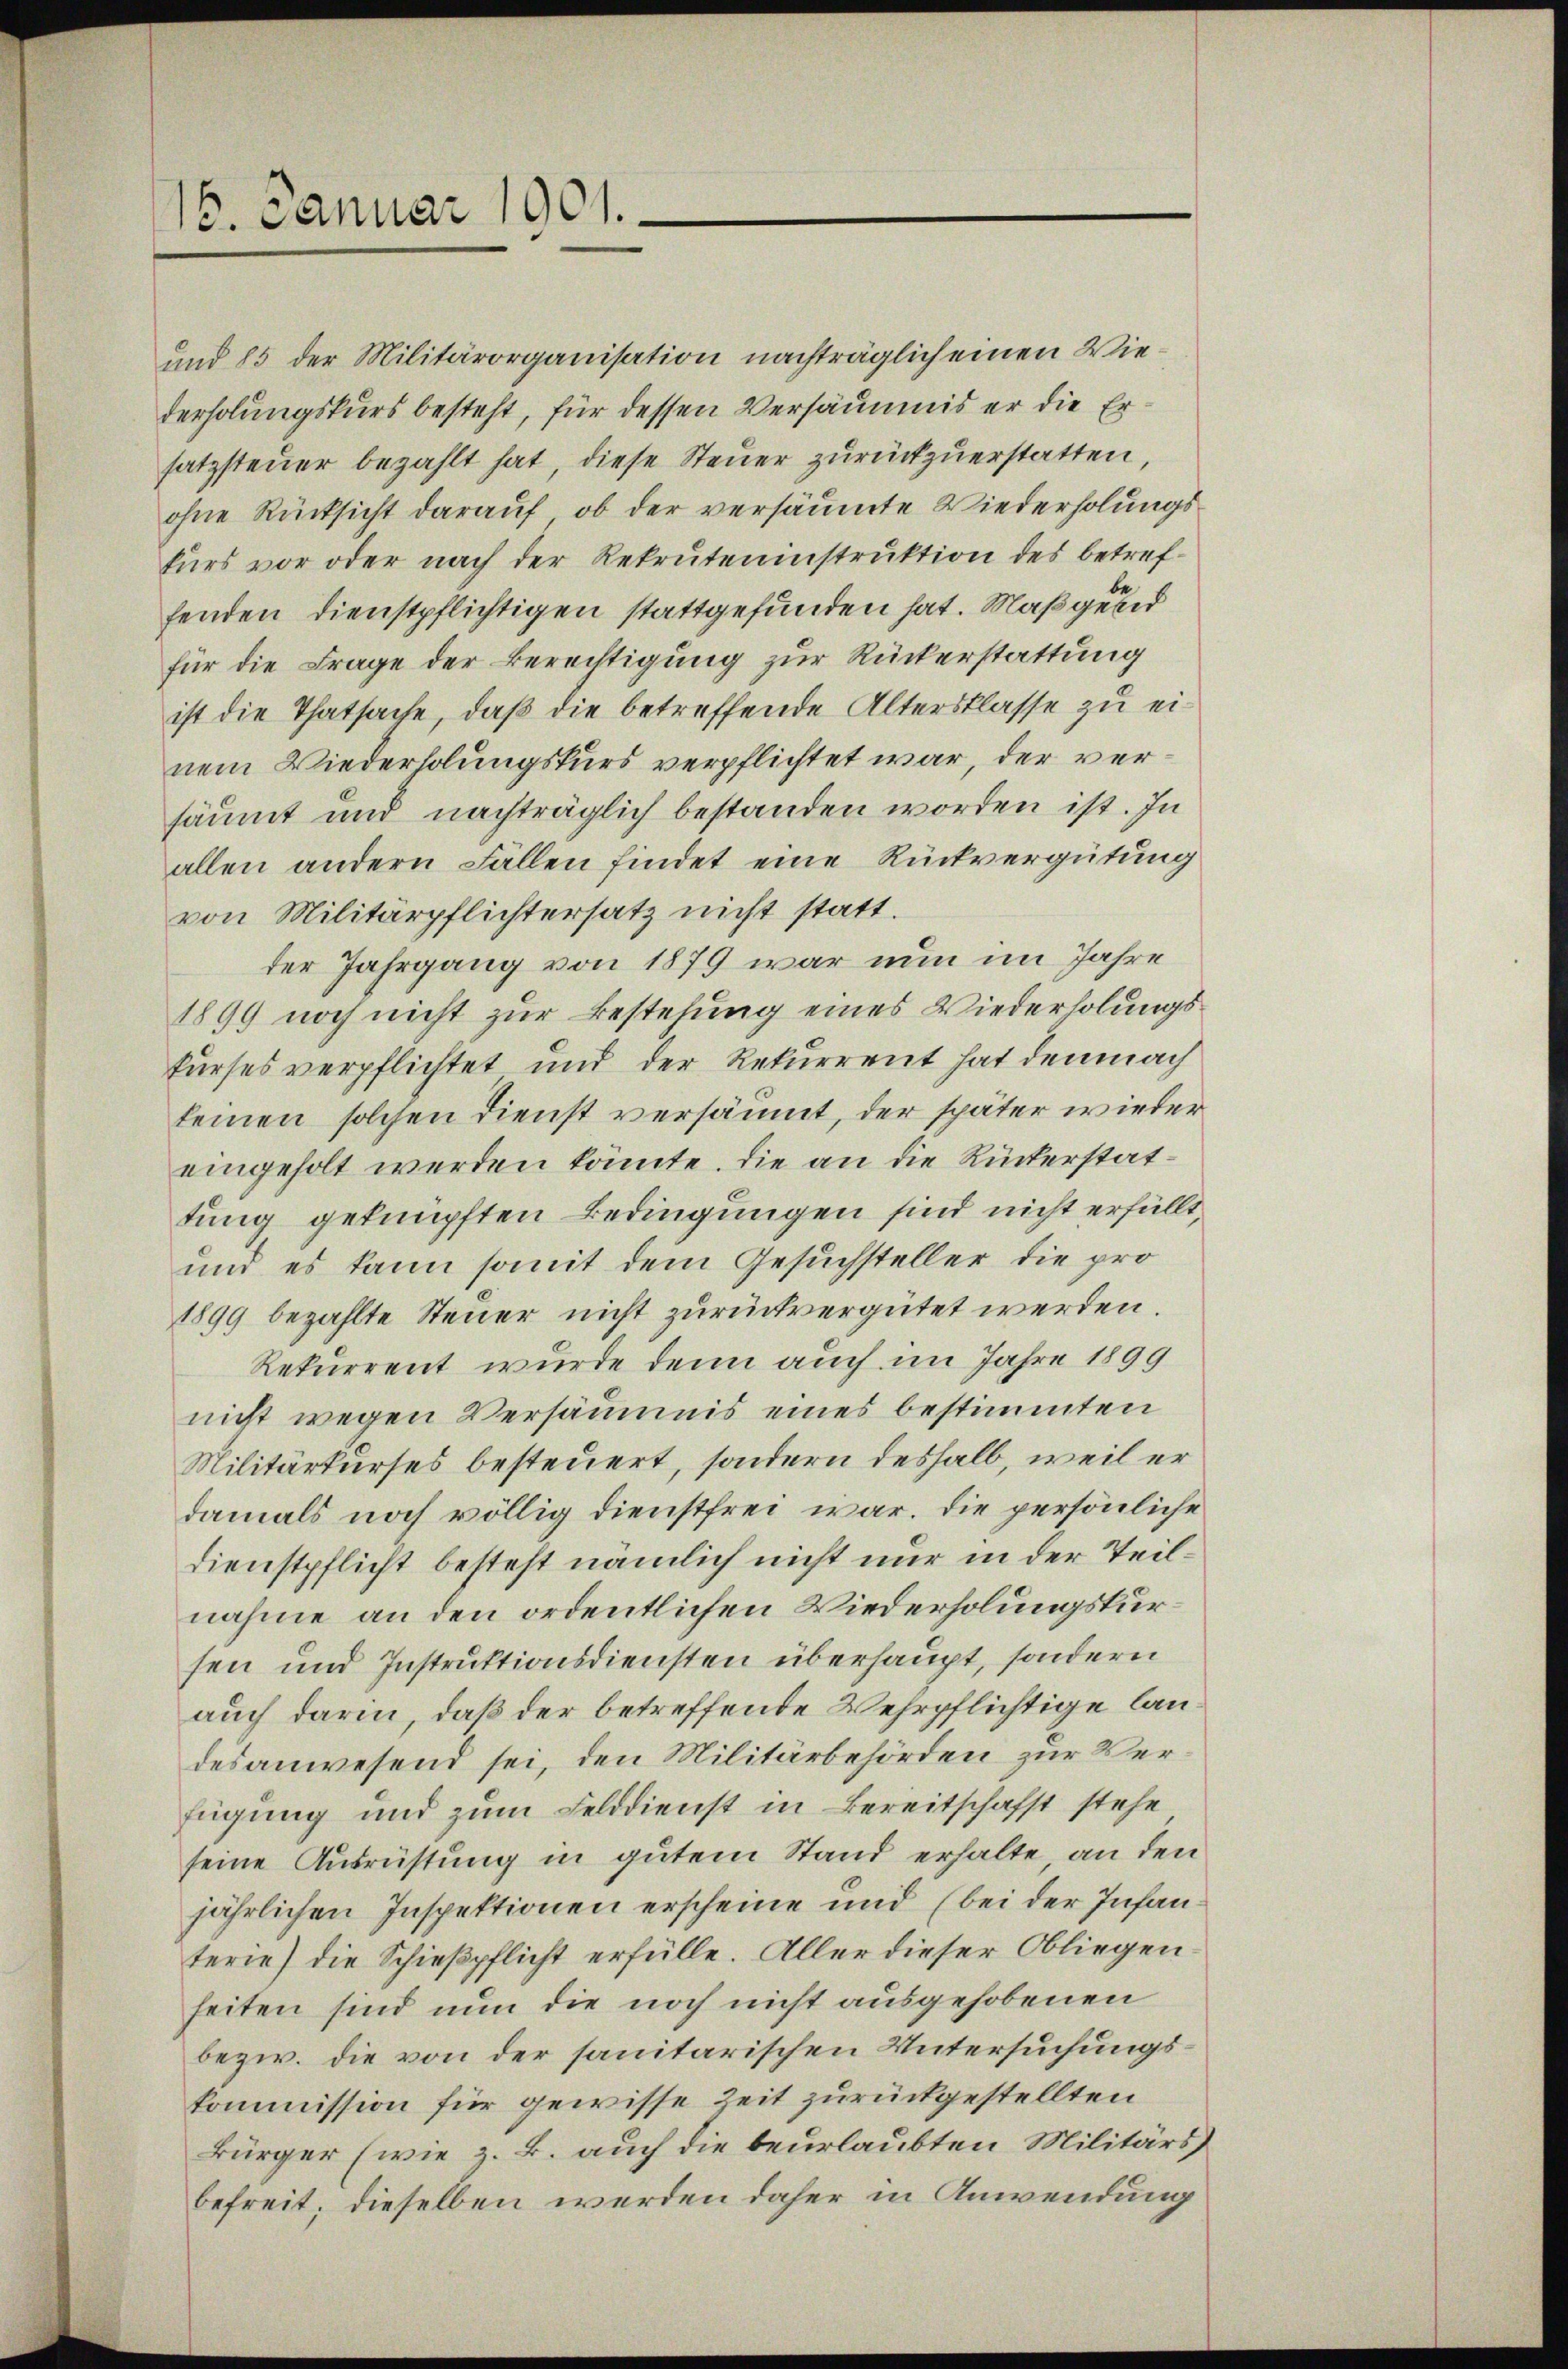
und 85 der Militärorganisation nachträglich einen Wiederholungskurs besteht, für dessen Versäumnis er die Ersatzsteuer bezahlt hat, diese Steuer zurückzuerstatten,
ohne Rücksicht darauf, ob der versäumte Wiederholungskurs vor oder nach der Rekruteninstruktion des betreffenden Dienstpflichtigen stattgefunden hat. Maßgeld
für die Frage der Berechtigung zur Rückerstattung
ist die Thatsache, daß die betreffende Altersklasse zu einem Wiederholungskurs verpflichtet war, der versäumt und nachträglich bestanden worden ist. In
allen andern Fällen findet eine Rückvergütung
von Militärpflichtersatz nicht statt.
der Jahrgang von 1879 war nun im Jahre
1899 noch nicht zur Bestehung eines Wiederholungskurses verpflichtet und der Rekurrent hat demnach
keinen solchen Dienst versäumt, der später wieder
eingeholt werden könnte. Die an die Rückerstattung geknüpften Bedingungen sind nicht erfüllt,
und es kann somit dem Gesuchsteller die pro
1899 bezahlte Steuer nicht zurückvergütet werden.
Rekurrent wurde denn auch im Jahre 1899
nicht wegen Versäumis eines bestimmten
Militärkurses besteuert, sondern deshalb, weil er
damals noch völlig dienstfrei war. Die persönliche
Dienstpflicht besteht nämlich nicht nur in der Teilnahme an den ordentlichen Wiederholungskursen und Instruktionsdiensten überhaupt, sondern
auch darin, daß der betreffende Wehrpflichtige landes anwesend sei, den Militärbehörden zur Verfügung und zum Felddienst in Bereitschafft stehe
seine Ausrüstung in gutem Stand erhalte, an den
jährlichen Inspektionen erscheine und (bei der Infanterie) die Schießpflicht erfülle. Aller dieser Obliegen
seiten sind nun die noch nicht ausgehobenen
bezw. die von der sanitarischen Untersuchungskommission für gewisse Zeit zurückgestellten
Bürger (wie z. B. auch die beurlaubten Militärs
befreit; dieselben werden daher in Anwendung

16. Januar 1901.